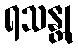
ရသန္တု